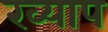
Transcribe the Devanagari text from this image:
ख्याप